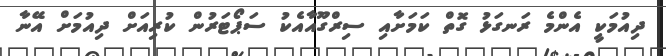
ދިއުމަކީ އެންމެ ރަނގަޅު ގޮތް ކަމަށާއި ސިރްގޫއާއެކު ސަޕޯޓަރުން ކުރިއަށް ދިއުމަށް އޭނާ